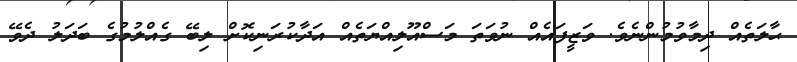
ޙާލަތެއް ދިމާވުމުންނެވެ. ވަޒީފައެއް ނުވަތަ މަސްއޫލިއްޔަތެއް އަދާކުރަނިކޮށް ލިބޭ ގެއްލުމުގެ ބަދަލު ދެވޭ